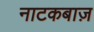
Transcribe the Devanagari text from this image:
नाटकबाज़